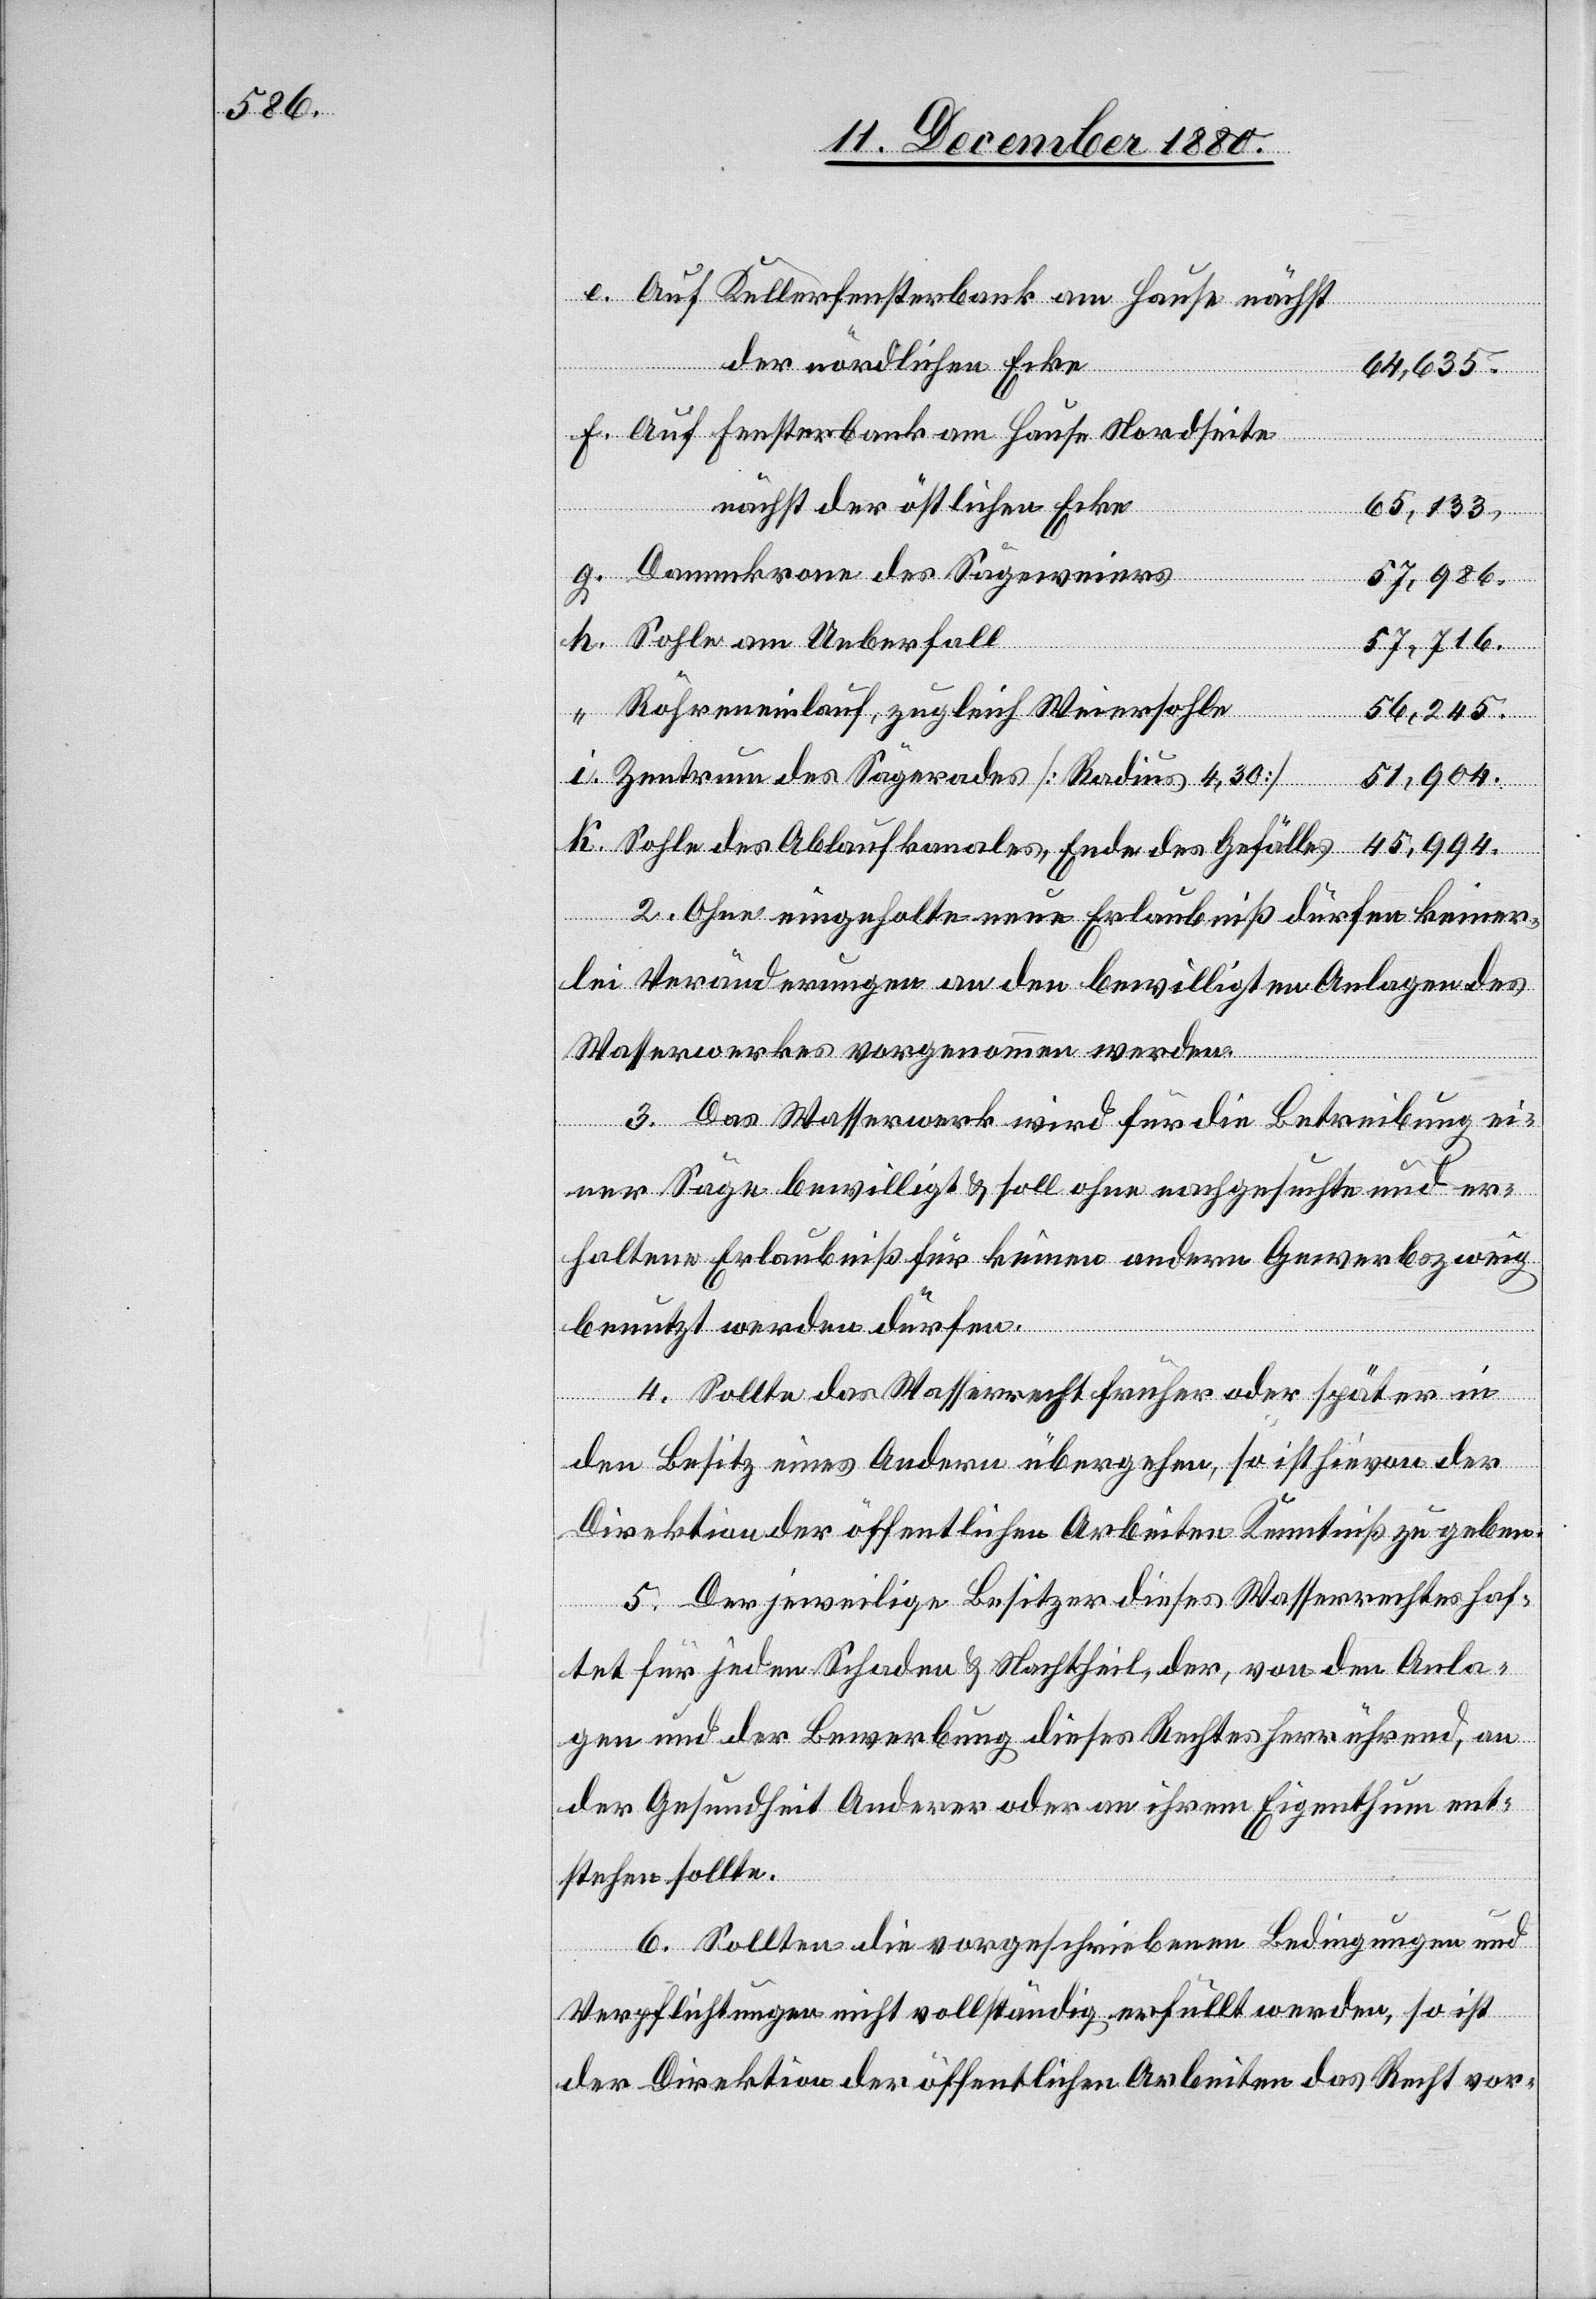
Auf Kellerfensterbank am Hause nächst
i.
der nördlichen Ecke
64,635.
Auf Fensterbank am Hause Nordseite
nächst der östlichen Ecke
65,133.
Dammkrone des Sägeweiers
57,986
Sohle am Ueberfall
Röhreneinlauf, zugleich Weiersohle
56.245
Zentrum des Sägerades [Radius 4,30]
51,904.
Sohle des Ablaufkanales, Ende des Gefälles
2. Ohne eingeholte neue Erlaubniß dürfen keiner¬
lei Veränderungen an den bewilligten Anlagen des
Wasserwerkes vorgenommen werden.
3. Das Wasserwerk wird für die Betreibung ei¬
ner Säge bewilligt & soll ohne nachgesuchte und er¬
haltene Erlaubniß für keinen andern Gewerbszweig
benutzt werden dürfen.
4. Sollte das Wasserrecht früher oder später in
den Besitz eines Andern übergehen, so ist hievon der
Direktion der öffentlichen Arbeiten Kenntniß zu geben.
5. Der jeweilige Besitzer dieses Wasserrechtes haf¬
tet für jeden Schaden & Nachtheil, der von den Anla¬
gen und der Bewerbung dieses Rechtes herrührend, an
der Gesundheit Anderer oder an ihrem Eigenthum ent¬
stehen sollte.
6. Sollten die vorgeschriebenen Bedingungen und
Verpflichtungen nicht vollständig erfüllt werden, so ist
der Direktion der öffentlichen Arbeiten das Recht vor-